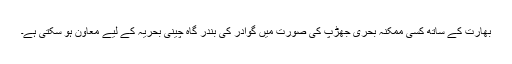
بھارت کے ساتھ کسی ممکنہ بحری جھڑپ کی صورت میں گوادر کی بندر گاہ چینی بحریہ کے لیے معاون ہو سکتی ہے۔